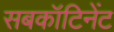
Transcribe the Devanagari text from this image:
सबकॉटिनेंट